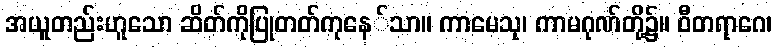
အယူတည်းဟူသော ဆိတ်ကိုပြုတတ်ကုနေ်သာ။ ကာမေသု၊ ကာမဂုဏ်တို့၌။ ဝီတရာဂေ၊